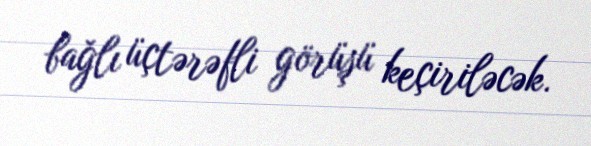
bağlı üçtərəfli görüşü keçiriləcək.